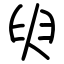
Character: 臾